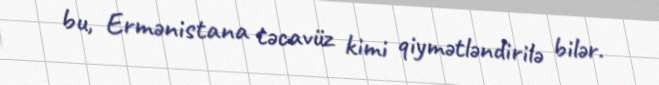
bu, Ermənistana təcavüz kimi qiymətləndirilə bilər.